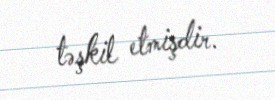
təşkil etmişdir.